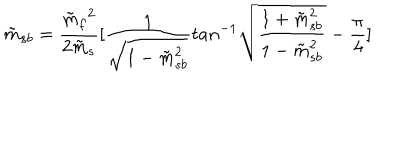
\tilde { m } _ { s b } = { \frac { { \tilde { m } _ { f } } ^ { 2 } } { 2 \tilde { m } _ { s } } } [ { \frac { 1 } { \sqrt { 1 - \tilde { m } _ { s b } ^ { 2 } } } } t a n ^ { - 1 } \sqrt { { \frac { 1 + \tilde { m } _ { s b } ^ { 2 } } { 1 - \tilde { m } _ { s b } ^ { 2 } } } } - { \frac { \pi } { 4 } } ]